Juri_Uluots, lk 13
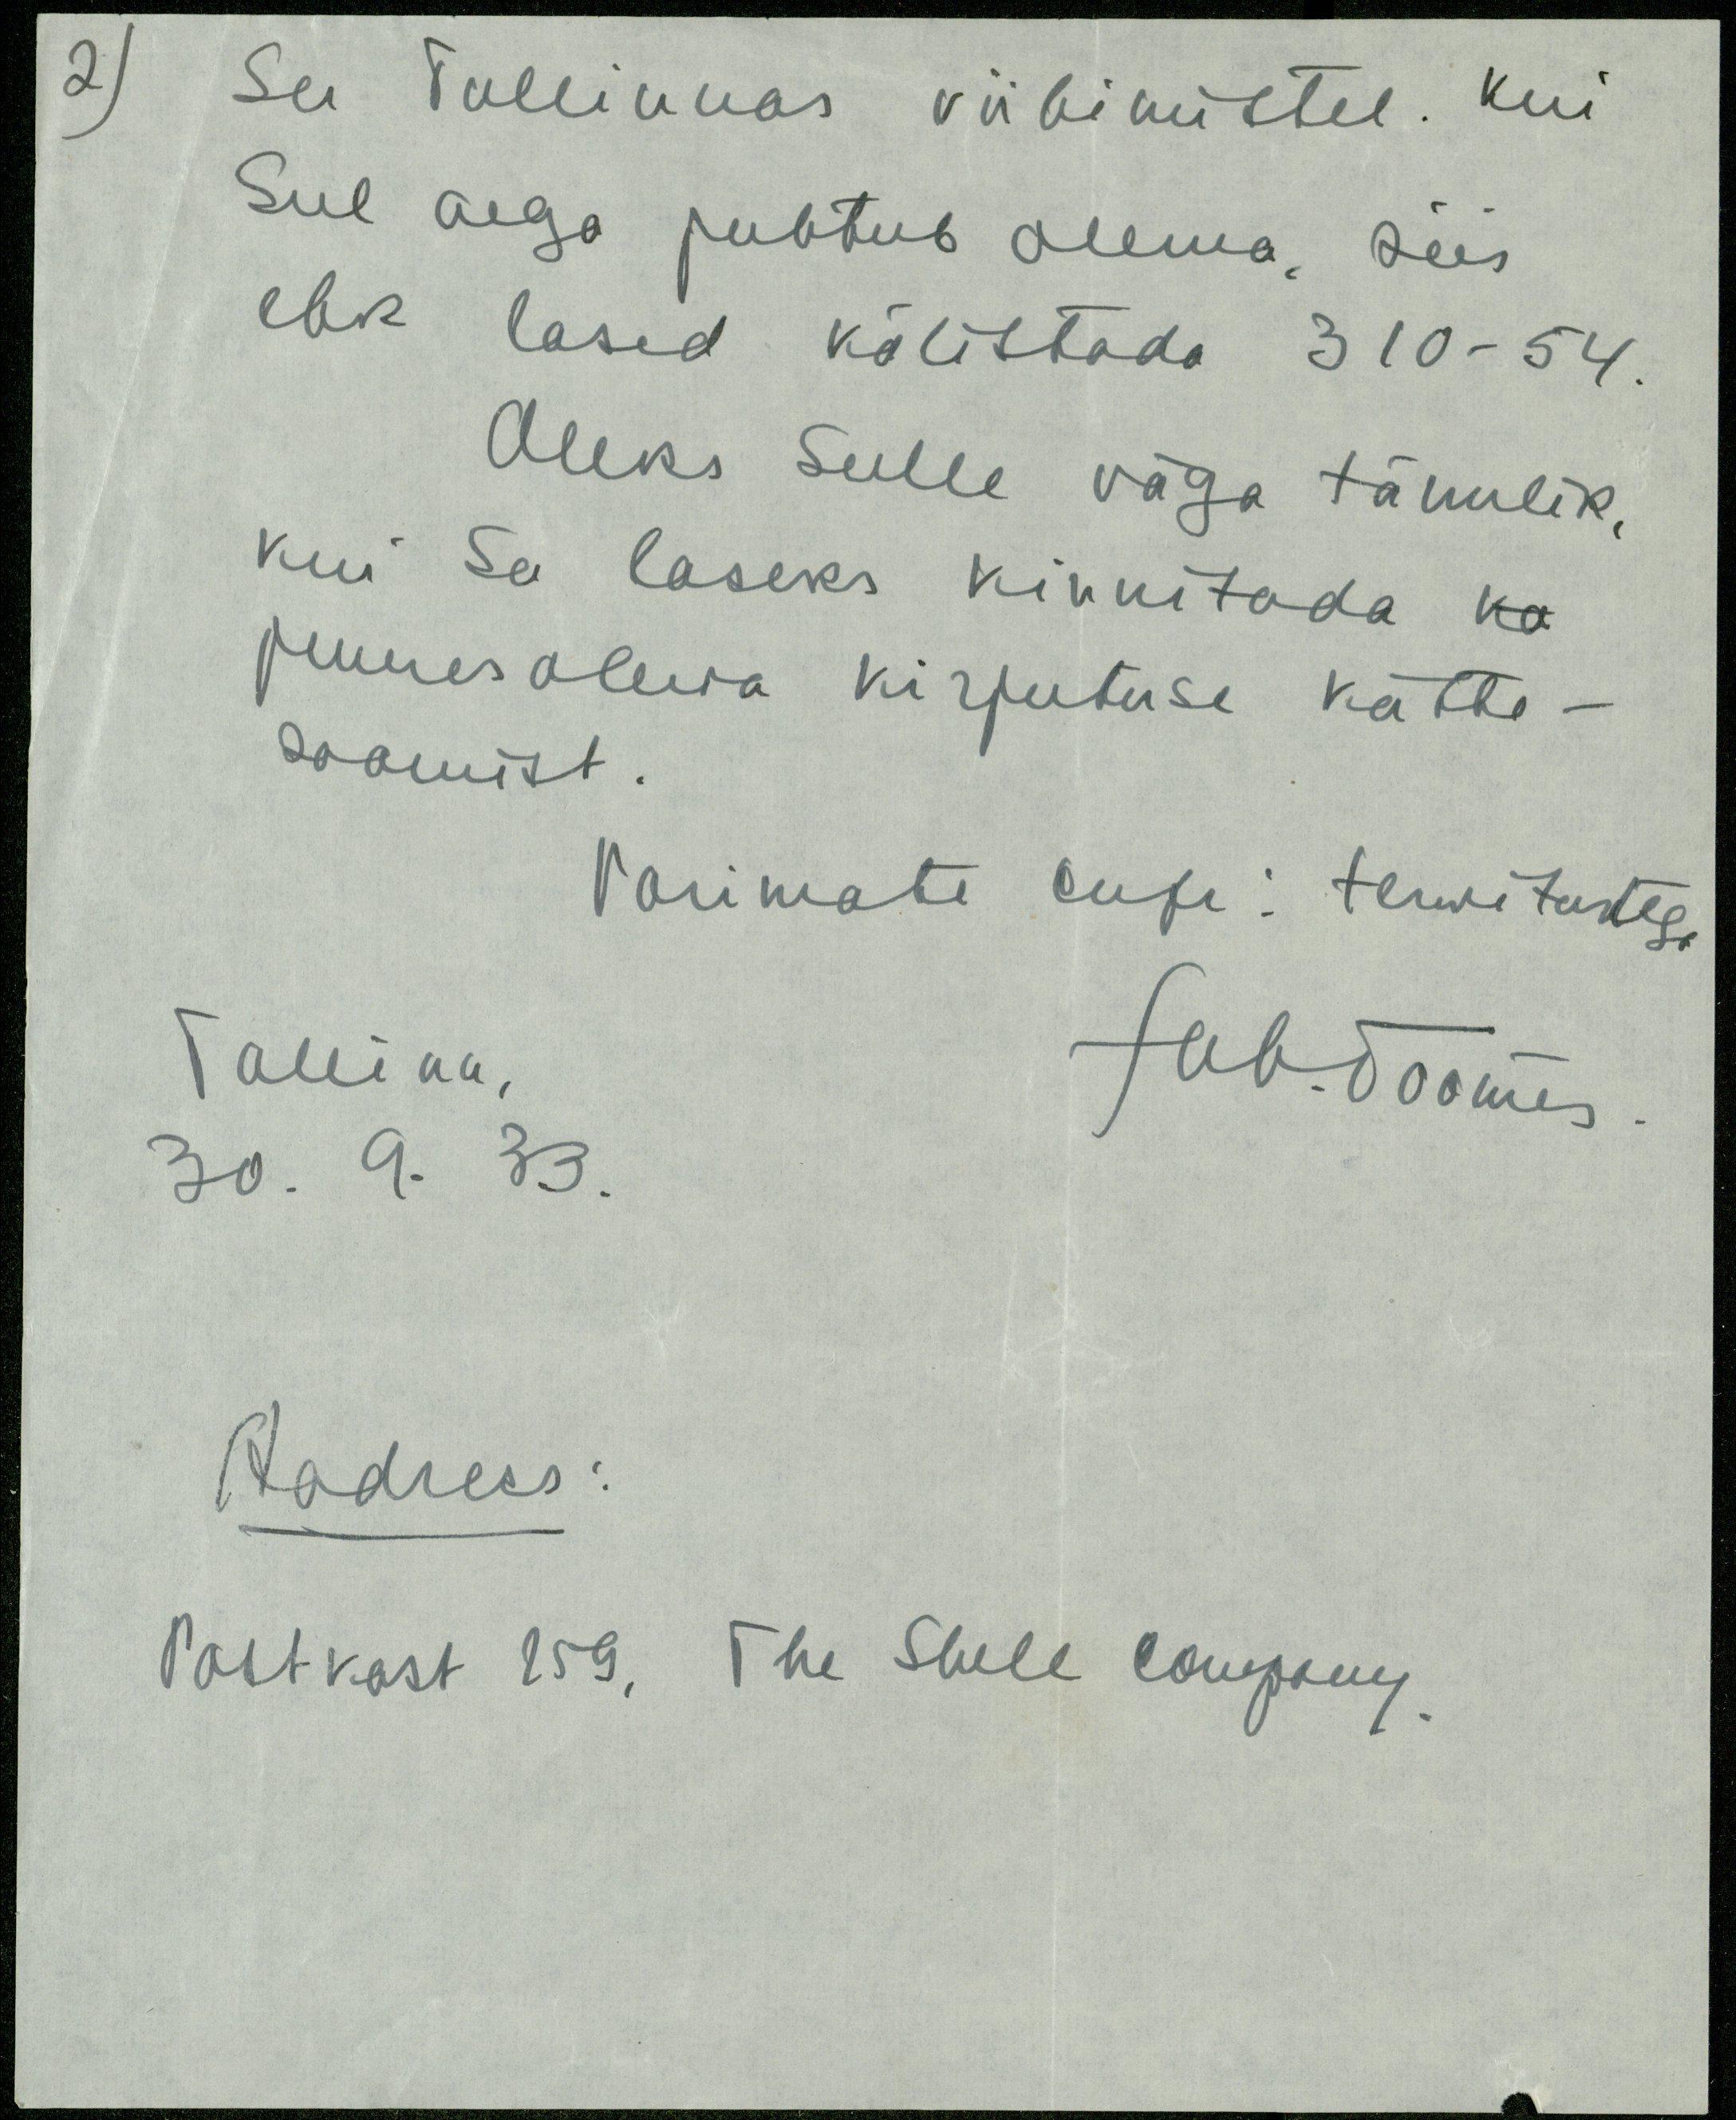
Su Tallinnas viibimistel. Kui
Sul aega juhtub olema, siis
ehk lased kõlistada 310-54.
Oleks Sulle väga tänulik,
kui Sa laseks kinnitada ka
juuresolewa kirjutuse kätte-
saamist.
Parimate conf: terwitustega
Tallinn,
Hab. Toomes
30. 9. 33.
Aadress:
Postkast 259. The Shell company.